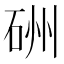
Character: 𥒁